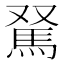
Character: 𩢂